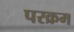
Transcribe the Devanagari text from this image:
परक्रम